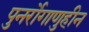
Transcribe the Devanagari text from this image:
पुनर्रोगाणुहीन